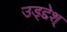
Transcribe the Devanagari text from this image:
उड्द्देश्